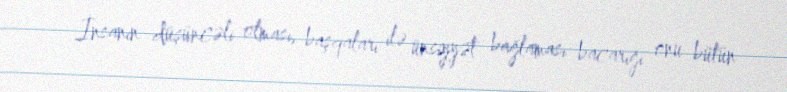
İnsanın düşüncəli olması, başqaları ilə ünsiyyət bağlaması bacarığı onu bütün